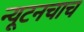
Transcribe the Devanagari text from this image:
न्यूटनचाच